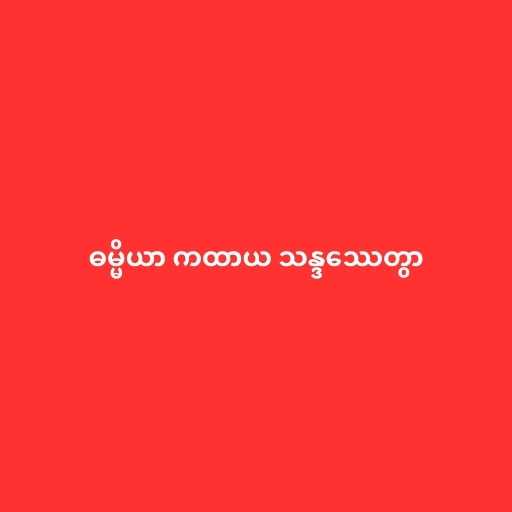
ဓမ္မိယာ ကထာယ သန္ဒဿေတွာ